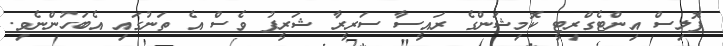
ޕޮލިސް އިންޓެގްރިޓީ ކޮމިޝަންގެ ރައީސާ ސަރީރާ ޝަރީފު ވެސް އެ ތަނުގައި އެބަހުންނެވި.